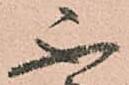
不